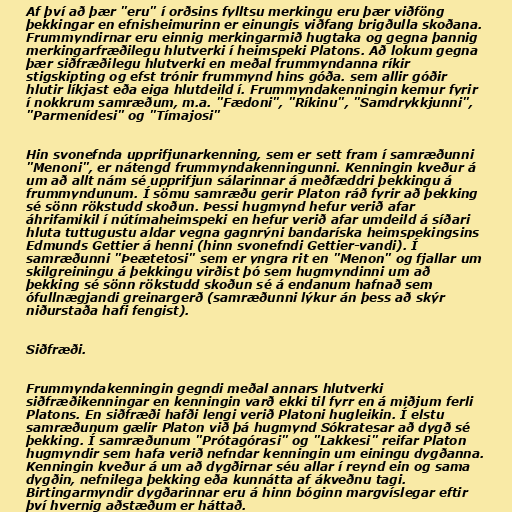
Af því að þær "eru" í orðsins fylltsu merkingu eru þær viðföng
þekkingar en efnisheimurinn er einungis viðfang brigðulla skoðana.
Frummyndirnar eru einnig merkingarmið hugtaka og gegna þannig
merkingarfræðilegu hlutverki í heimspeki Platons. Að lokum gegna
þær siðfræðilegu hlutverki en meðal frummyndanna ríkir
stigskipting og efst trónir frummynd hins góða. sem allir góðir
hlutir líkjast eða eiga hlutdeild í. Frummyndakenningin kemur fyrir
í nokkrum samræðum, m.a. "Fædoni", "Ríkinu", "Samdrykkjunni",
"Parmenídesi" og "Tímajosi"

Hin svonefnda upprifjunarkenning, sem er sett fram í samræðunni
"Menoni", er nátengd frummyndakenningunni. Kenningin kveður á
um að allt nám sé upprifjun sálarinnar á meðfæddri þekkingu á
frummyndunum. Í sömu samræðu gerir Platon ráð fyrir að þekking
sé sönn rökstudd skoðun. Þessi hugmynd hefur verið afar
áhrifamikil í nútímaheimspeki en hefur verið afar umdeild á síðari
hluta tuttugustu aldar vegna gagnrýni bandaríska heimspekingsins
Edmunds Gettier á henni (hinn svonefndi Gettier-vandi). Í
samræðunni "Þeætetosi" sem er yngra rit en "Menon" og fjallar um
skilgreiningu á þekkingu virðist þó sem hugmyndinni um að
þekking sé sönn rökstudd skoðun sé á endanum hafnað sem
ófullnægjandi greinargerð (samræðunni lýkur án þess að skýr
niðurstaða hafi fengist).

Siðfræði.

Frummyndakenningin gegndi meðal annars hlutverki
siðfræðikenningar en kenningin varð ekki til fyrr en á miðjum ferli
Platons. En siðfræði hafði lengi verið Platoni hugleikin. Í elstu
samræðunum gælir Platon við þá hugmynd Sókratesar að dygð sé
þekking. Í samræðunum "Prótagórasi" og "Lakkesi" reifar Platon
hugmyndir sem hafa verið nefndar kenningin um einingu dygðanna.
Kenningin kveður á um að dygðirnar séu allar í reynd ein og sama
dygðin, nefnilega þekking eða kunnátta af ákveðnu tagi.
Birtingarmyndir dygðarinnar eru á hinn bóginn margvíslegar eftir
því hvernig aðstæðum er háttað.